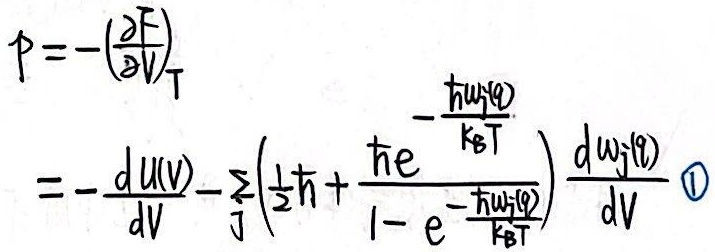
\[
\begin{align*}
p&=-\left(\frac{\partial F}{\partial V}\right)_T\\
&=-\frac{\mathrm{d}U(V)}{\mathrm{d}V}-\sum_{j}\left(\frac{1}{2}\hbar + \frac{\hbar e^{-\frac{\hbar\omega_{j}(q)}{k_{\text{B}}T}}}{1 - e^{-\frac{\hbar\omega_{j}(q)}{k_{\text{B}}T}}}\right)\frac{\mathrm{d}\omega_{j}(q)}{\mathrm{d}V} \quad \textcircled{1}
\end{align*}
\]